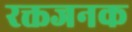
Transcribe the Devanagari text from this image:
रक्तजनक